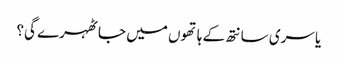
یا سری سانتھ کے ہاتھوں میں جا ٹھہرے گی؟